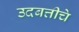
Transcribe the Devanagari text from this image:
उदबत्तीचे